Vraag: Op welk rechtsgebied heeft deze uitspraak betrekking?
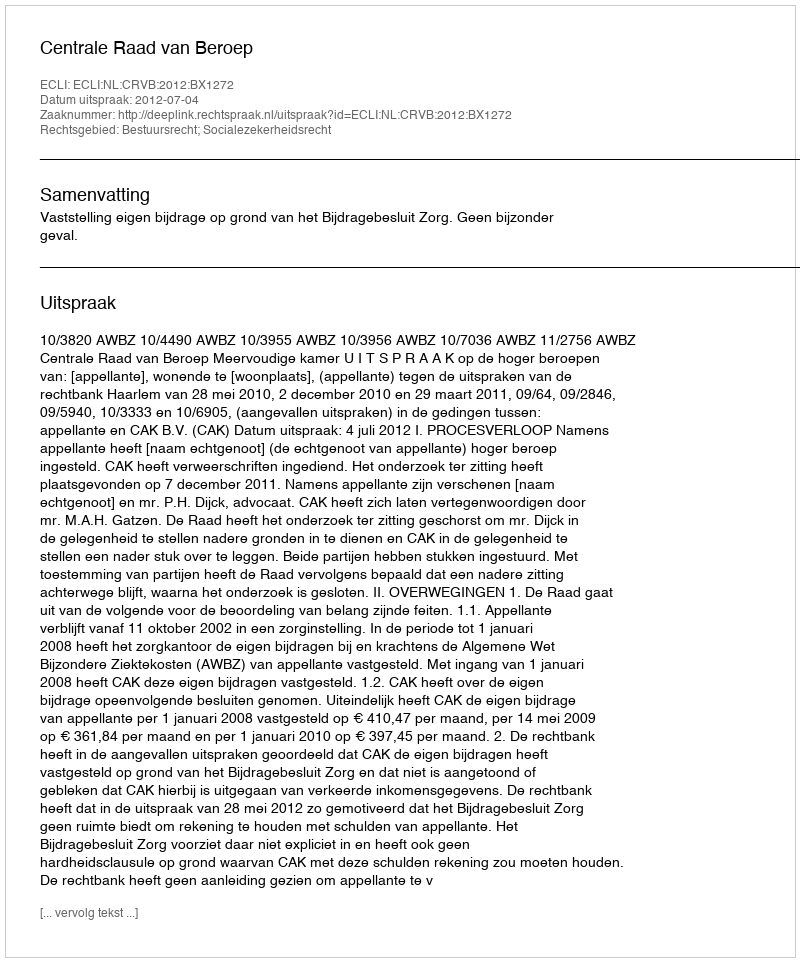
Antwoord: Bestuursrecht; Socialezekerheidsrecht